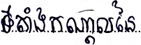
ទីតាំងកណ្តាលនៃ